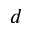
d